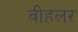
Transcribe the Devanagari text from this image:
वीहलर